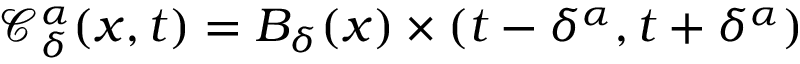
\mathcal { C } _ { \delta } ^ { \alpha } ( x , t ) = B _ { \delta } ( x ) \times ( t - \delta ^ { \alpha } , t + \delta ^ { \alpha } )